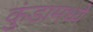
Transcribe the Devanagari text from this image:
कुंडामध्ये